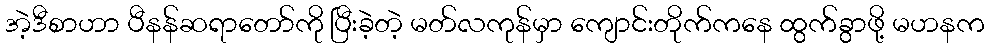
အဲ့ဒီစာဟာ ပီနန်ဆရာတော်ကို ပြီးခဲ့တဲ့ မတ်လကုန်မှာ ကျောင်းတိုက်ကနေ ထွက်ခွာဖို့ မဟနက